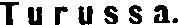
Turussa.